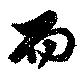
而